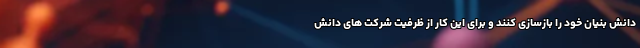
دانش بنیان خود را بازسازی کنند و برای این کار از ظرفیت شرکت های دانش